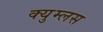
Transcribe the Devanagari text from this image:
क्युम्लस